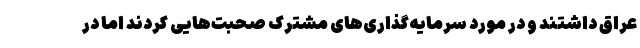
عراق داشتند و در مورد سرمایه‌گذاری‌های مشترک صحبت‌هایی کردند اما در